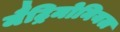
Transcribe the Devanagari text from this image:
मैट्रिमोनियल